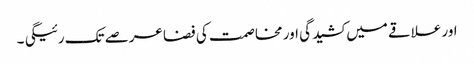
اور علاقے میں کشیدگی اور مخاصمت کی فضا عرصے تک رئیگی ۔